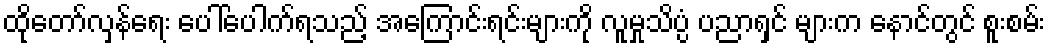
ထိုတော်လှန်ရေး ပေါ်ပေါက်ရသည့် အကြောင်းရင်းများကို လူမှုသိပ္ပံ ပညာရှင် များက နောင်တွင် စူးစမ်း